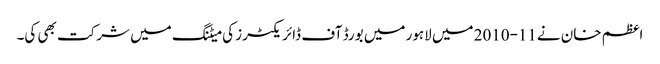
اعظم خان نے11-2010 میں لاہور میں بورڈ آف ڈائریکٹرز کی میٹنگ میں شرکت بھی کی۔